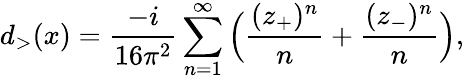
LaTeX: d_{>}(x)={\frac{-i}{16\pi^{2}}}\sum_{n=1}^{\infty}\Big({\frac{(z_{+})^{n}}{n}}+{\frac{(z_{-})^{n}}{n}}\Big),